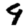
Digit: 9